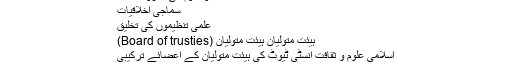
اطلاعات و علوم کی نشرو اشاعت
سماجی اخلاقیات
علمی تنظیموں کی تخلیق
ہیئت متولیان ہیئت متولیان (Board of trusties)
اسلامی علوم و ثقافت انسٹی ٹیوٹ کی ہیئت متولیان کے اعضائے ترکیبی
1۔